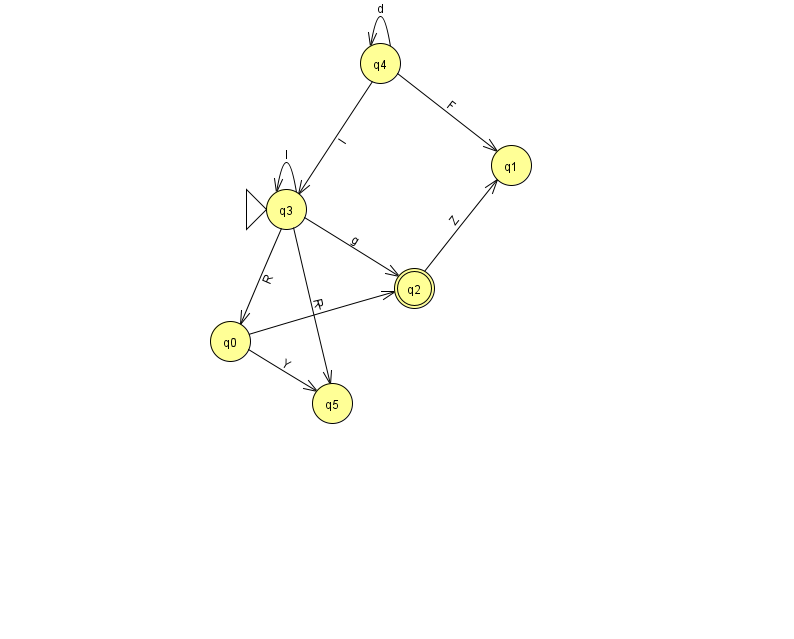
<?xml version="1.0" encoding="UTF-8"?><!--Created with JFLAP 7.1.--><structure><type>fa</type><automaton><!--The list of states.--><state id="0" name="q0"><x>230.0</x><y>328.0</y></state><state id="1" name="q1"><x>511.0</x><y>152.0</y></state><state id="2" name="q2"><x>414.0</x><y>275.0</y><final/></state><state id="3" name="q3"><x>286.0</x><y>196.0</y><initial/></state><state id="4" name="q4"><x>380.0</x><y>50.0</y></state><state id="5" name="q5"><x>332.0</x><y>390.0</y></state><!--The list of transitions.--><transition><from>0</from><to>5</to><read>Y</read></transition><transition><from>4</from><to>4</to><read>d</read></transition><transition><from>3</from><to>0</to><read>R</read></transition><transition><from>0</from><to>2</to><read>i</read></transition><transition><from>3</from><to>5</to><read>R</read></transition><transition><from>3</from><to>3</to><read>I</read></transition><transition><from>4</from><to>1</to><read>F</read></transition><transition><from>4</from><to>3</to><read>l</read></transition><transition><from>3</from><to>2</to><read>g</read></transition><transition><from>2</from><to>1</to><read>Z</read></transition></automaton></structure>